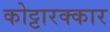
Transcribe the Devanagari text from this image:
कोट्टारक्कार